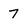
Character: 7